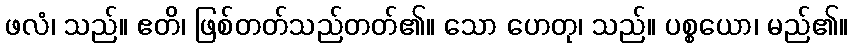
ဖလံ၊ သည်။ ဧတိ၊ ဖြစ်တတ်သည်တတ်၏။ သော ဟေတု၊ သည်။ ပစ္စယော၊ မည်၏။